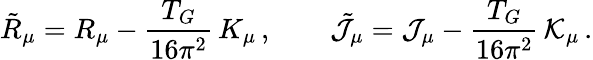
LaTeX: \tilde{R}_{\mu}=R_{\mu}-\frac{T_{G}}{16\pi^{2}}\, {K}_{\mu}\, ,\qquad\tilde{\cal J}_{\mu}={\cal J}_{\mu}-\frac{T_{G}}{16\pi^{2}}\, {\cal K}_{\mu}\, .